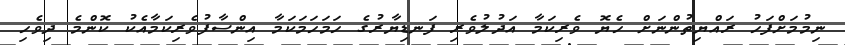
ނިމުމަށްފަހު ރައްޔިތުންނަށް ހެޔޮ ވެރިކަމާ އަދުލުވެރި ފަނޑިޔާރުގެ ހަމަހަމަކަމާ އިންސާފުވެރިކަމާއެކު ކޮންމެ ދިވެހި